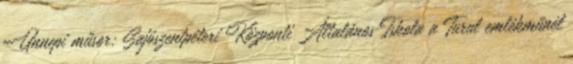
Ünnepi műsor: Sajószentpéteri Központi Általános Iskola a Turul emlékműnél